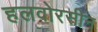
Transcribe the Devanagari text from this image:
हलवोरसीन